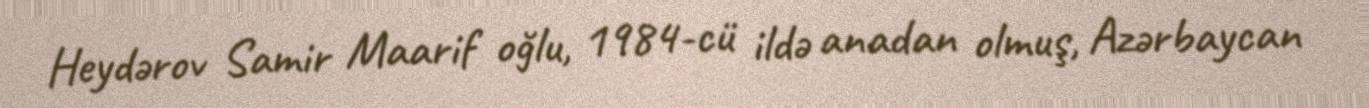
Heydərov Samir Maarif oğlu, 1984-cü ildə anadan olmuş, Azərbaycan